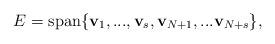
LaTeX: \begin{align*}E=\mbox{span}\{\mathbf{v}_{1}, ..., \mathbf{v}_{s}, \mathbf{v}_{N+1}, ... \mathbf{v}_{N+s} \},\end{align*}